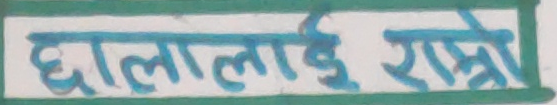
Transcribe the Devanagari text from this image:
छालालाई राम्रो